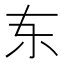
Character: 𫠣